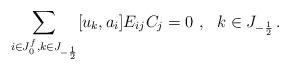
LaTeX: \begin{align*}\sum_{i\in J_0^f,k\in J_{-\frac12}}[u_k,a_i]E_{ij}C_j=0\,\,,\,\,\,\,k\in J_{-\frac12}\,.\end{align*}